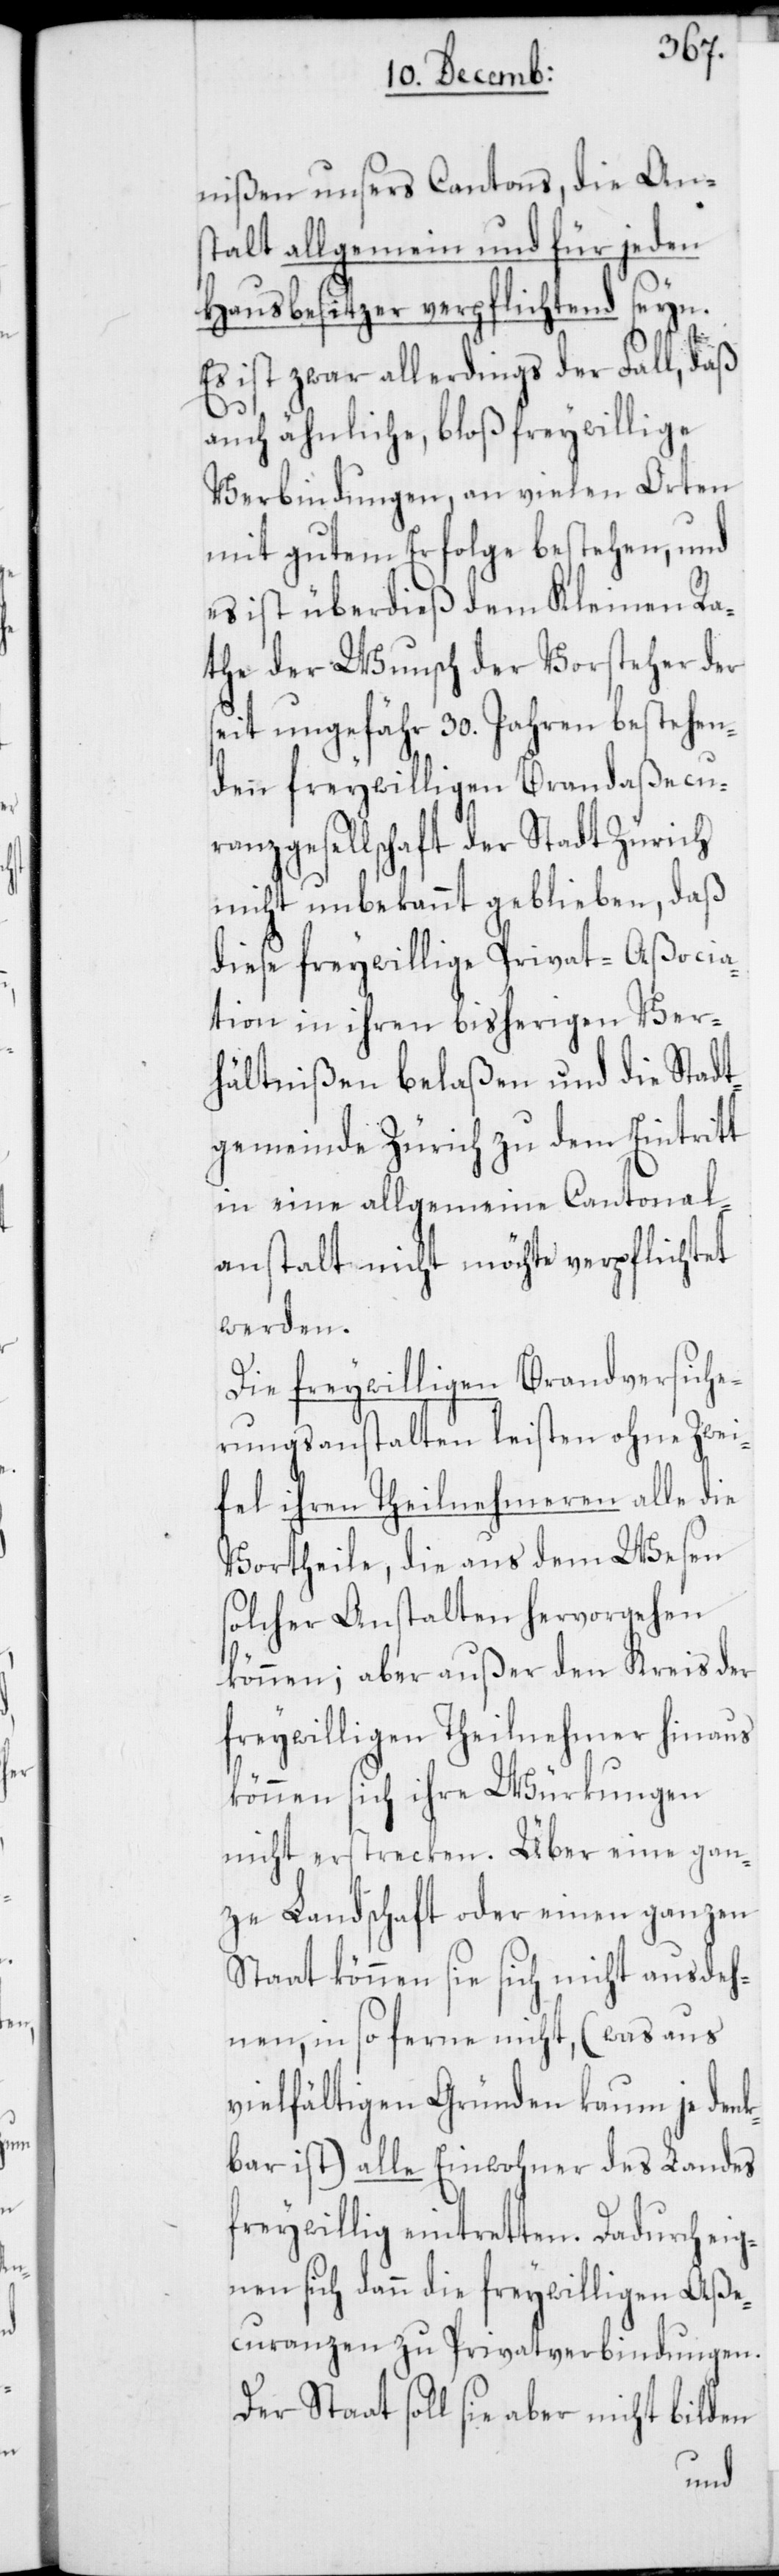
nißen unsers Cantons, die Ans¬
talt allgemein und für jeden
Hausbesitzer verpflichtend seyn.
Es ist zwar allerdings der Fall, daß
auch ähnliche, bloß freywillige
Verbindungen, an vielen Orten
mit gutem Erfolge bestehen, und
es ist überdieß dem Kleinen Ra¬
the der Wunsch der Vorsteher der
seit ungefähr 30. Jahren bestehen¬
den freywilligen Brandaßecu¬
ranzgesellschaft der Stadt Zürich
nicht unbekannt geblieben, daß
diese freywillige Privat-Aßocia¬
tion in ihren bisherigen Ver¬
hältnißen belaßen und die Stadt¬
gemeinde Zürich zu dem Eintritt
in eine allgemeine Cantonal¬
anstalt nicht möchte verpflichtet
werden.
Die freywilligen Brandversiche¬
rungsanstalten leisten ohne Zwei¬
fel ihren Theilnehmeren alle die
Vortheile, die aus dem Wesen
solcher Anstalten hervorgehen
können; aber außer den Kreis der
freywilligen Theilnehmer hinaus
können sich ihre Würkungen
nicht erstrecken. Über eine gan¬
ze Landschaft oder einen ganzen
Staat können sie sich nicht ausdeh¬
nen, in so ferne nicht, (was aus
vielfältigen Gründen kaum je den¬
kbar ist) alle Einwohner des Landes
freywillig eintretten. Dadurch eig¬
nen sich dann die freywilligen Aße¬
curanzen zu Privatverbindungen.
Der Staat soll sie aber nicht bilden